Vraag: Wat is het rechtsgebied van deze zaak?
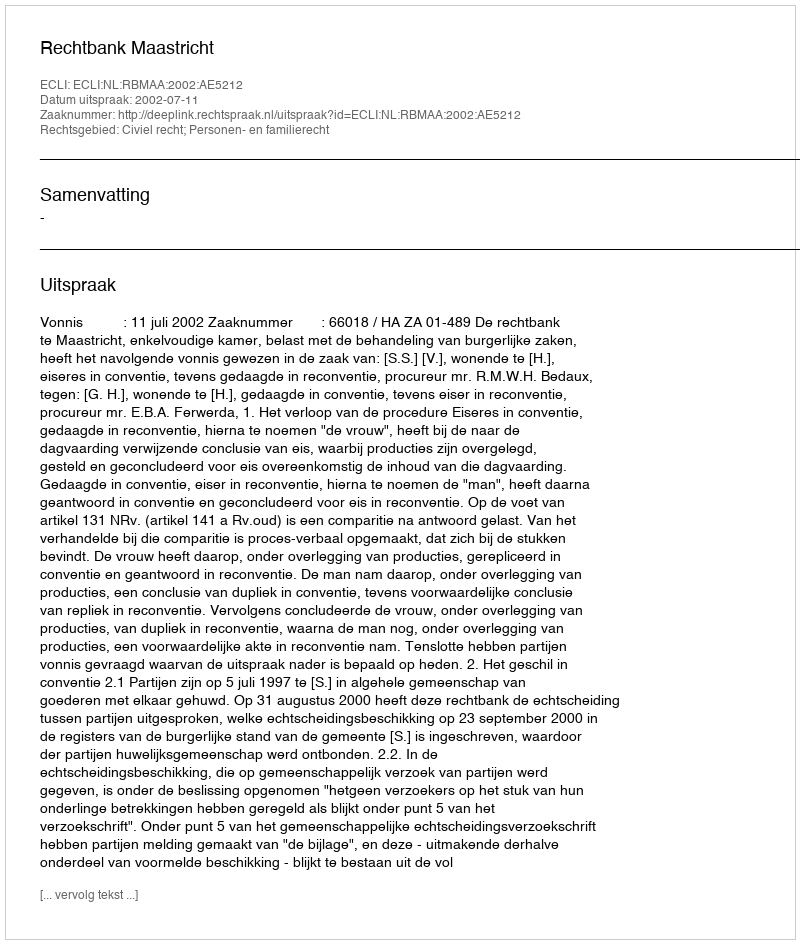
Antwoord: Civiel recht; Personen- en familierecht